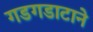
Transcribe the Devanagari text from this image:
गडगडाटाने